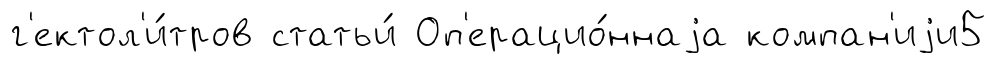
г'ектол'и́тров статьи́ Оп'ерацио́ннаjа компан'иjи5